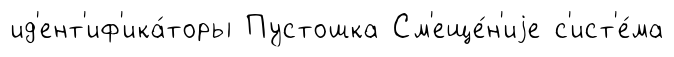
ид'ент'иф'ика́торы Пустошка См'еще́н'иjе с'ист'е́ма